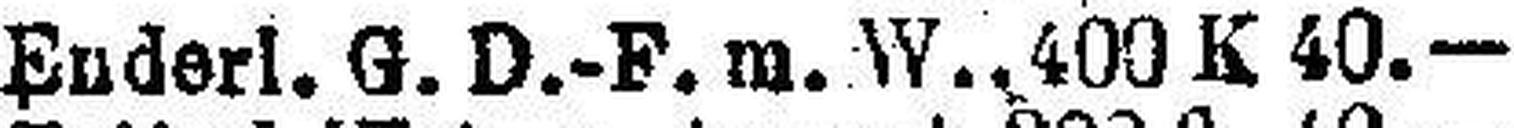
Enderl. G. D.-F. m. W., 400 K 40.—